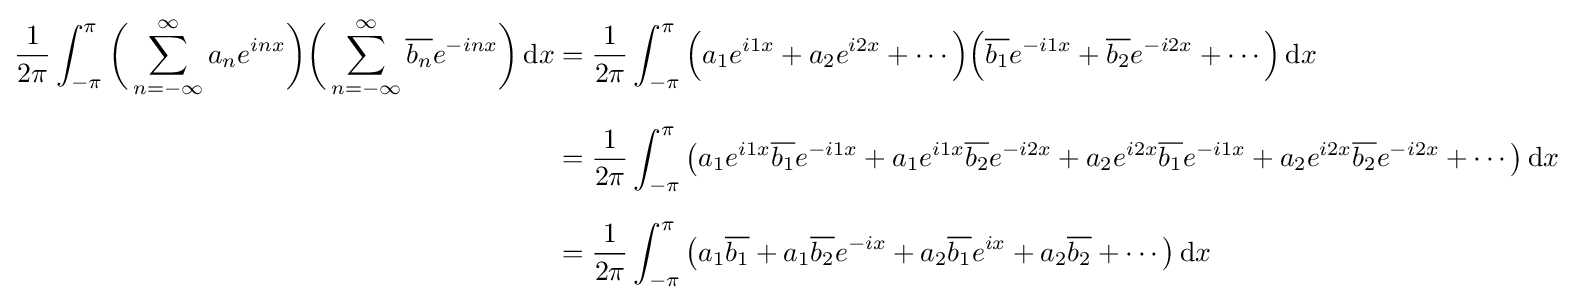
{\begin{aligned}{\frac {1}{2\pi }}\int _{-\pi }^{\pi }{\biggl (}\sum _{n=-\infty }^{\infty }a_{n}e^{inx}{\biggr )}{\biggl (}\sum _{n=-\infty }^{\infty }{\overline {b_{n}}}e^{-inx}{\biggr )}\,\mathrm {d} x&={\frac {1}{2\pi }}\int _{-\pi }^{\pi }{\Bigl (}a_{1}e^{i1x}+a_{2}e^{i2x}+\cdots {\Bigr )}{\Bigl (}{\overline {b_{1}}}e^{-i1x}+{\overline {b_{2}}}e^{-i2x}+\cdots {\Bigr )}\,\mathrm {d} x\\[6pt]&={\frac {1}{2\pi }}\int _{-\pi }^{\pi }\left(a_{1}e^{i1x}{\overline {b_{1}}}e^{-i1x}+a_{1}e^{i1x}{\overline {b_{2}}}e^{-i2x}+a_{2}e^{i2x}{\overline {b_{1}}}e^{-i1x}+a_{2}e^{i2x}{\overline {b_{2}}}e^{-i2x}+\cdots \right)\mathrm {d} x\\[6pt]&={\frac {1}{2\pi }}\int _{-\pi }^{\pi }\left(a_{1}{\overline {b_{1}}}+a_{1}{\overline {b_{2}}}e^{-ix}+a_{2}{\overline {b_{1}}}e^{ix}+a_{2}{\overline {b_{2}}}+\cdots \right)\mathrm {d} x\end{aligned}}